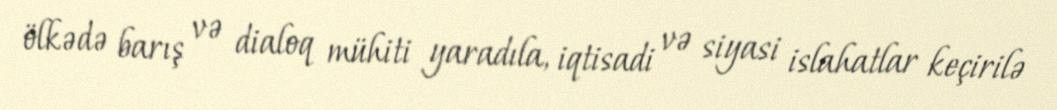
ölkədə barış və dialoq mühiti yaradıla, iqtisadi və siyasi islahatlar keçirilə